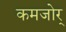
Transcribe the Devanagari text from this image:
कमजोर्